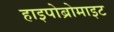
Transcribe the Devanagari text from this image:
हाइपोब्रोमाइट